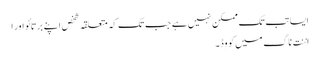
ایسا تب تک ممکن نہیں ہے جب تک کہ متعلقہ شخص اپنے برتائو اور ا
اننت ناگ میں کووِڈ۔